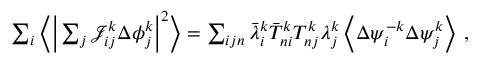
\begin{array} { r } { \sum _ { i } \bigg \langle \Big \vert \sum _ { j } \mathcal { J } _ { i j } ^ { k } \Delta { \phi } _ { j } ^ { k } \Big \vert ^ { 2 } \bigg \rangle = \sum _ { i j n } \bar { \lambda } _ { i } ^ { k } \bar { T } _ { n i } ^ { k } T _ { n j } ^ { k } \lambda _ { j } ^ { k } \left\langle \Delta { \psi } _ { i } ^ { - k } \Delta { \psi } _ { j } ^ { k } \right\rangle \, , } \end{array}